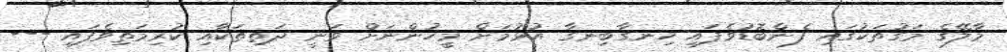
މާލޭގެ މަގުތަކުގައި ފެންބޮޑުވެފައި ހިނގާބިނގާ އުޅުމަށް މީހުންނަށް ވަނީ ދަތިތަކާއި ކުރިމަތިވެފައި ---